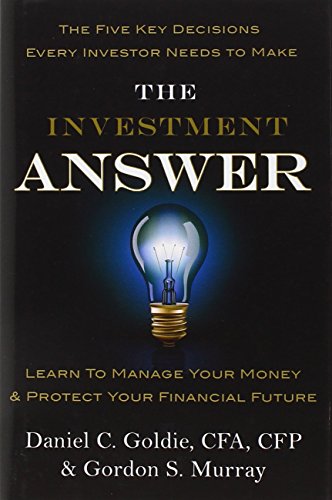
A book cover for The Investment Answer; Daniel C. Goldie; Business & Money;